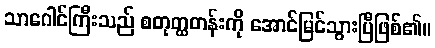
သာဂေါင်ကြီးသည် စတုတ္ထတန်းကို အောင်မြင်သွားပြီဖြစ်၏။